Annual report of lunatic asylums [Bombay] - 1912-1922
Year: 1912
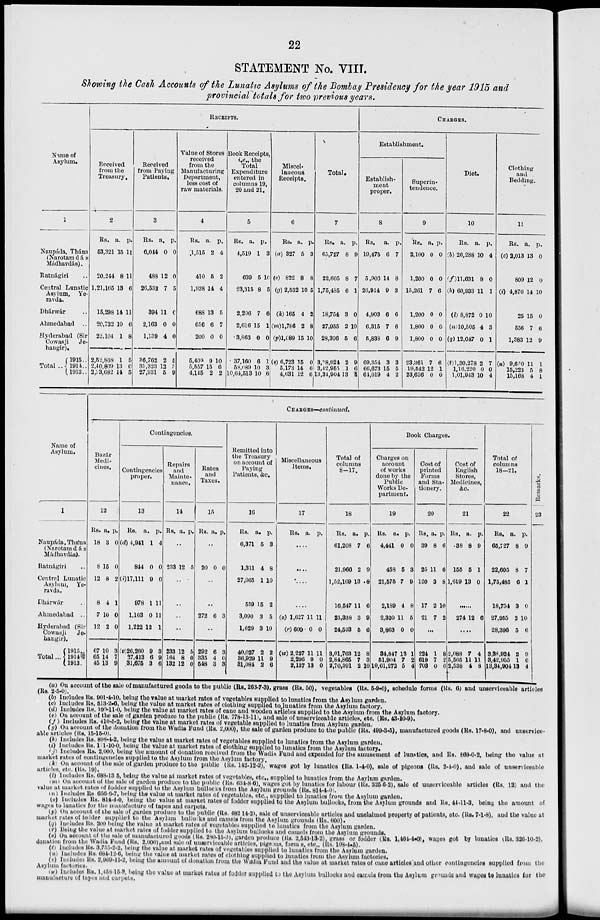
22
STATEMENT No. VIII.
Showing the Cash Accounts of the Lunatic Asylums of the Bombay Presidency for the year 1915 and
provincial totals for two previous years.
Name of
Asylum.
1
Naupáda, Thána
(Narotam dás
Mádhavdás).
Ratnágiri ..
Central Lunatic
Asylum,
Ye-
ravda.
Dhárwár ..
Ahmedabad ..
Hyderabad (Sir
Cowasji
Je-
hangir).
Total ..
1915 ..
1914 ..
1913 ..
RECEIPTS.
Received
from the
Treasury.
2
Rs.
53,321
20,244
1,21,165
15,298
20,732
22,104
2,52,868
2,40,809
2,33,682
a.
15
8
13
14
10
1
1
13
14
p.
11
11
6
11
6
8
5
0
5
Received
from Paying
Patients.
3
Rs.
6,044
488
26,532
394
2,163
1,139
36,762
33,323
27,931
a.
0
12
7
11
0
4
2
12
5
p.
0
0
5
0
0
0
5
3
9
Value of Stores
received
from the
Manufacturing
Department,
less cost of
raw materials.
4
Rs.
1,515
410
1,938
688
656
200
5,409
5,557
4,145
a.
2
5
14
13
6
0
9
15
2
p.
4
2
4
5
7
0
10
6
2
Book Receipts,
i.e., the
Total
Expenditure
entered in
columns 19,
20 and 21.
5
Rs.
4,519
639
23,315
2,206
2,616
3,863
37,160
58,089
10,64,513
a.
1
5
8
7
15
0
6
10
10
p.
3
10
5
6
1
0
1
3
6
Miscel-
laneous
Receipts.
6
Rs.
(a) 327
(e) 822
(g) 2,532
(k) 165
(m)l,786
(p)1,089
(s) 6,723
5,173
4,631
a.
5
8
10
4
2
15
15
14
12
p.
3
8
5
2
8
10
0
6
6
Total.
7
Rs.
65,727
22,605
1,75,485
18,754
27,955
28,396
3,38,924
3,42,955
13,34,904
a.
8
8
6
3
2
5
2
1
13
p.
9
7
1
0
10
6
9
6
4
CHARGES.
Establishment.
Establish-
ment
proper.
8
Rs.
19,475
5,903
20,914
4,903
6,315
5,838
69,354
60,673
64,019
a.
6
14
9
6
7
6
3
15
4
p.
7
8
3
6
6
9
3
5
2
Superin-
tendence.
9
Rs.
2,100
1,200
15,261
1,200
1,800
1,800
23,361
19,542
23,636
a.
0
0
7
0
0
0
7
12
0
p.
0
0
6
0
0
0
6
1
0
Diet.
10
Rs.
(b) 26,288
(f)11,631
(h) 60,933
(l) 8,872
(n)10,505
(q) 12,047
(t)1,30,278
1,16,220
1,01,943
a.
10
8
11
0
4
0
2
0
10
p.
4
0
1
10
3
1
7
0
4
Clothing
and
Bedding.
11
Rs.
(c) 2,013
809
(i) 4,870
25
556
1,383
(u) 9,660
15,223
15,168
a.
13
12
14
15
7
12
11
5
4
p.
0
0
10
0
6
9
1
8
1
Name of
Asylum.
1
Naupáda, Thána
(Narotamdás
Mádhavdás).
Ratnágiri ..
Central Lunatic
Asylum,
Ye-
ravda.
Dhárwár ..
Ahmedabad
..
Hyderabad (Sir
Cowasji
Je-
hangir).
Total ...
1915 ..
1914 ..
1913 ..
CHARGES—continued.
Bazár
Medi-
cines.
12
Rs.
18
8
12
8
7
12
67
65
45
a.
3
15
8
4
10
2
10
14
13
p.
0
0
2
1
0
0
3
7
9
Contingencies.
Contingencies
proper.
13
Rs.
(d) 4,941
844
(i)17,111
978
1,163
1,222
(v)26,260
27,413
31,675
a.
1
0
9
1
0
12
9
6
3
p.
4
0
0
11
11
1
3
9
6
Repairs
and
Mainte-
nance.
14
Rs. a. p.
..
233 12 5
..
..
..
..
233
164
132
12
8
12
5
0
0
Rates
and
Taxes.
15
Rs. a. p.
..
20 0 0
..
..
272 6 3
..
292
335
548
6
4
3
3
0
3
Remitted into
the Treasury
on account of
Paying
Patients, &c.
16
Rs.
6,371
1,311
27,065
559
3,090
1,629
40,027
36,929
31,084
a.
5
4
1
15
3
3
2
11
2
p.
3
8
10
2
5
10
2
9
6
Miscellaneous
Items.
17
Rs. a. p.
....
....
....
....
(o) 1,627
(r) 600
(w) 2,227
2,296
2,137
11
0
11
9
13
11
0
11
0
0
Total of
columns
8—17.
18
Rs.
61,208
21,966
1,52,169
16,547
23,338
24,533
3,01,763
2,84,865
2,70,391
a.
7
2
13
11
3
5
12
7
2
p.
6
9
8
6
9
6
8
3
10
Book Charges.
Charges on
account
of works
done by the
Public
Works De-
partment.
19
Rs.
4,441
458
21,575
2,189
2,320
3,863
34,847
51,904
10,61,272
a.
0
5
7
4
11
0
13
7
5
p.
0
3
9
8
6
0
1
2
4
Cost of
printed
Forms
and Sta-
tionery.
20
Rs.
39
25
120
17
21
a.
8
11
3
2
7
p.
6
6
8
10
2
...
224
619
703
1
7
0
8
2
6
Cost of
English
Stores,
Medicines,
&c.
21
Rs.
38
155
1,619
a.
8
5
13
p.
9
1
0
......
274 12 6
....
2,088
5,565
2,538
7
11
4
4
11
8
Total of
columns
18—21.
22
Rs.
65,727
22,605
1,75,485
18,754
27,955
28,396
3,38,924
3,42,955
13,34,904
a.
8
8
6
3
2
5
2
1
13
p.
9
7
1
0
10
6
9
6
4
Remarks.
23
(a) On account of the sale of manufactured goods to the public (Rs. 263-7-3), grass (Rs. 50), vegetables (Rs. 5-9-0), schedule forms (Rs. 6) and unserviceable articles
(Rs. 2-5-0).
(b) Includes Rs. 90l-4-10, being the value at market rates of vegetables supplied to lunatics from the Asylum garden.
(c) Includes Rs. 513-2-6, being the value at market rates of clothing supplied to lunatics from the Asylum factory.
(d) Includes Rs. 100-11-0, being the value at market rates of cane and wooden articles supplied to the Asylum from the Asylum factory.
(e) On account of the sale of garden produce to the public (Rs. 778-13-11), and sale of unserviceable articles, etc (Rs. 43-10-9).
(f) Includes Rs. 410-5-2, being the value at market rates of vegetable supplied to lunatics from Asylum garden.
(g) On account of the donation from the Wadia Fund (Rs. 2,000), the sale of garden produce to the public (Rs. 499-3-5), manufactured goods (Rs. 17-8-0), and unservice-
able articles (Rs. 15-15-0).
(h) Includes Rs. 898-4-2, being the value at market rates of vegetables supplied to lunatics from the Asylum garden.
(i) Includes Rs. 1-1-10-0, being the value at market rates of clothing supplied to lunatics from the Asylum factory.
(j) Includes Rs. 2,000, being the amount of donation received from the Wadia Fund and expended for the amusement of lunatics, and Rs. 869-0-2, being the value at
market rates of contingencies supplied to the Asylum from the Asylum factory.
(k) On account of the sale of garden produce to the public (Rs. 142-12-2), wages got by lunatics (Rs. 1-4-0), sale of pigeons (Rs. 2-4-0), and sale of unserviceable
articles, etc. (Rs. 19).
(l) Includes Rs. 688-13-5, being the value at market rates of vegetables, etc., supplied to lunatics from the Asylum garden.
(m) On account of the sale of garden produce to the public (Rs. 634-8-6), wages got by lunatics for labour (Rs. 325-6-2), sale of unserviceable articles (Rs. 12) and the
value at market rates of fodder supplied to the Asylum bullocks from the Asylum grounds (Rs. 814-4-0).
(n) Includes Rs 656-6-7, being the value at market rates of vegetables, etc., supplied to lunatics from the Asylum garden.
(o) Includes Rs. 814-4-0, being the value at market rates of fodder supplied to the Asylum bullocks, from the Asylum grounds and Rs. 44-11-3, being the amount of
wages to lunatics for the manufacture of tapes and carpets.
(p) On account of the sale of garden produce to the public (Rs. 482-14-2), sale of unserviceable articles and unclaimed property of patients, etc. (Rs. 7-1-8), and the value at
market rates of folder supplied to the Asylum bnllocks and camels from the Asylum grounds (Rs. 600).
(q) Includes Rs. 200 being the value at market rates of vegetables supplied to lunatics from the Asylum garden.
(r) Being the value at market rates of fodder supplied to the Asylum bullocks and camels from the Asylum grounds.
(s) On account of the sale of manufactured goods (Rs. 280-15-3),garden produce (Rs. 2,543-13-2), grass or fodder (Rs. 1,464-4-0), wages got by lunatics (Rs. 326-10-2),
donation from the Wadia Fund (Rs. 2,000),and sale of unserviceable articles, pigeons, forms, etc., (Rs. 108-4-5).
(t) Includes Rs. 3,755-2-2, being the value at market rates of vegetables supplied to lunatics from the Asylum garden.
(u) Includes Rs. 684-12-6, being the value at market rates of clothing supplied to lunatics from the Asylum factories.
(v) Includes Rs. 2,969-11-2, being the amount of donation from the Wádia Fund and the value at market rates of cane articles and other contingencies supplied from the
Asylum factories.
(W) Includes Rs. 1,458-15-3, being the value at market rates of fodder supplied to the Asylum bullocks and camels from the Asylum grounds and wages to lunatics for the
manufacture of tapes and carpets.